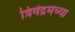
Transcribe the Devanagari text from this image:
त्रिवेंद्रमच्या